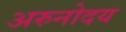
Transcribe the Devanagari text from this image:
अरुनोदय